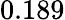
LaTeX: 0.189